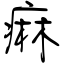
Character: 痲